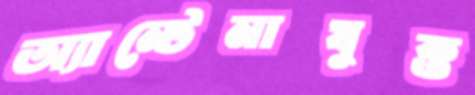
অ্যান্টেনাযুক্ত